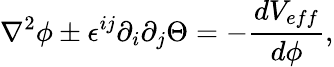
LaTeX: \nabla^{2}\phi\pm\epsilon^{ij}\partial_{i}\partial_{j}\Theta=-\frac{dV_{eff}}{d\phi},